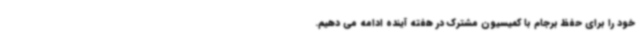
خود را برای حفظ برجام با کمیسیون مشترک در هفته آینده ادامه می دهیم.